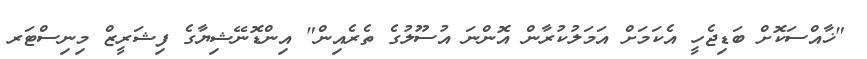
"ޚާއްސަކޮށް ބަޑިޖެހީ އެކަމަށް އަމަލުކުރާން އޮންނަ އުސޫލުގެ ތެރެއިން" އިންޑޮނޭޝިޔާގެ ފިޝަރީޒް މިނިސްޓަރ